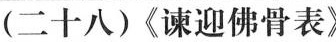
(二十八)《谏迎佛骨表》